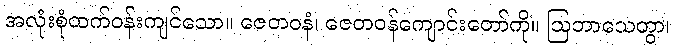
အလုံးစုံထက်ဝန်းကျင်သော။ ဇေတဝနံ၊ ဇေတဝန်ကျောင်းတော်ကို။ ဩဘာသေတွာ၊